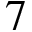
7